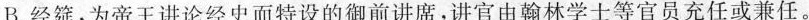
B.经筵，为帝王讲论经史而特设的御前讲席，讲官由翰林学士等官员充任或兼任。